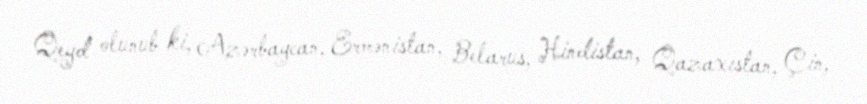
Qeyd olunub ki, Azərbaycan, Ermənistan, Belarus, Hindistan, Qazaxıstan, Çin,